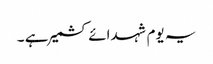
یہ یوم شہدائے کشمیر ہے ۔